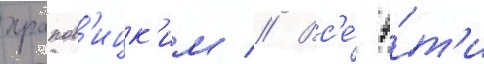
храпов'ицк'им // Вс'е́ э́т'и